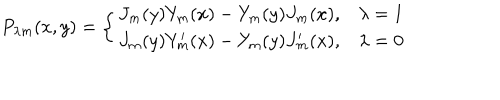
LaTeX: P _ { \lambda m } ( x , y ) = \left\{ \begin{array} { l l } { { J _ { m } ( y ) Y _ { m } ( x ) - Y _ { m } ( y ) J _ { m } ( x ) , } } & { { \lambda = 1 } } \\ { { J _ { m } ( y ) Y _ { m } ^ { \prime } ( x ) - Y _ { m } ( y ) J _ { m } ^ { \prime } ( x ) , } } & { { \lambda = 0 } } \\ \end{array} \right.